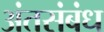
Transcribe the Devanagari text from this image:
अंतसंबंध